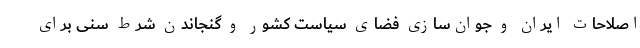
اصلاحات ایران و جوان‌سازی فضای سیاست کشور و گنجاندن شرط سنی برای